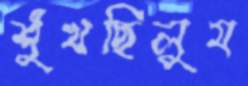
শুঁখছিলুম